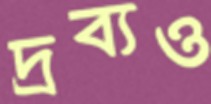
দ্রব্যও